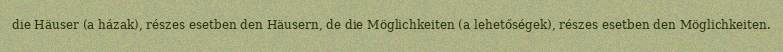
die Häuser (a házak), részes esetben den Häusern, de die Möglichkeiten (a lehetőségek), részes esetben den Möglichkeiten.